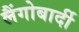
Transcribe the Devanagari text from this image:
लैंगोबार्दी